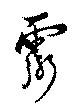
霊